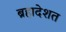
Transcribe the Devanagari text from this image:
ब्रहादेशत